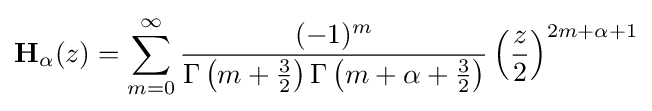
\mathbf {H} _{\alpha }(z)=\sum _{m=0}^{\infty }{\frac {(-1)^{m}}{\Gamma \left(m+{\frac {3}{2}}\right)\Gamma \left(m+\alpha +{\frac {3}{2}}\right)}}\left({\frac {z}{2}}\right)^{2m+\alpha +1}